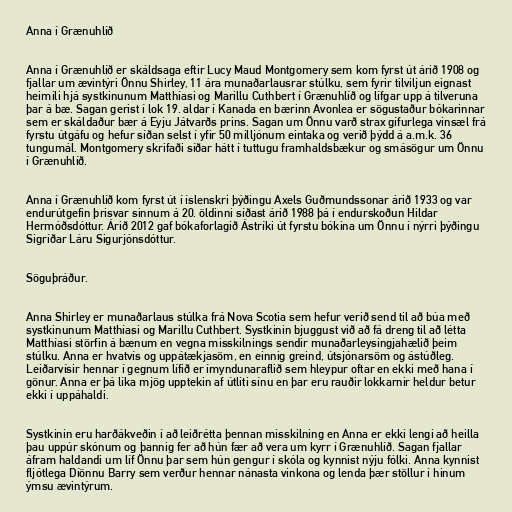
Anna í Grænuhlíð

Anna í Grænuhlíð er skáldsaga eftir Lucy Maud Montgomery sem kom fyrst út árið 1908 og
fjallar um ævintýri Önnu Shirley, 11 ára munaðarlausrar stúlku, sem fyrir tilviljun eignast
heimili hjá systkinunum Matthíasi og Marillu Cuthbert í Grænuhlíð og lífgar upp á tilveruna
þar á bæ. Sagan gerist í lok 19. aldar í Kanada en bærinn Avonlea er sögustaður bókarinnar
sem er skáldaður bær á Eyju Játvarðs prins. Sagan um Önnu varð strax gífurlega vinsæl frá
fyrstu útgáfu og hefur síðan selst í yfir 50 milljónum eintaka og verið þýdd á a.m.k. 36
tungumál. Montgomery skrifaði síðar hátt í tuttugu framhaldsbækur og smásögur um Önnu
í Grænuhlíð.

Anna í Grænuhlíð kom fyrst út í íslenskri þýðingu Axels Guðmundssonar árið 1933 og var
endurútgefin þrisvar sinnum á 20. öldinni síðast árið 1988 þá í endurskoðun Hildar
Hermóðsdóttur. Árið 2012 gaf bókaforlagið Ástríki út fyrstu bókina um Önnu í nýrri þýðingu
Sigríðar Láru Sigurjónsdóttur.

Söguþráður.

Anna Shirley er munaðarlaus stúlka frá Nova Scotia sem hefur verið send til að búa með
systkinunum Matthíasi og Marillu Cuthbert. Systkinin bjuggust við að fá dreng til að létta
Matthíasi störfin á bænum en vegna misskilnings sendir munaðarleysingjahælið þeim
stúlku. Anna er hvatvís og uppátækjasöm, en einnig greind, útsjónarsöm og ástúðleg.
Leiðarvísir hennar í gegnum lífið er ímyndunaraflið sem hleypur oftar en ekki með hana í
gönur. Anna er þá líka mjög upptekin af útliti sínu en þar eru rauðir lokkarnir heldur betur
ekki í uppáhaldi.

Systkinin eru harðákveðin í að leiðrétta þennan misskilning en Anna er ekki lengi að heilla
þau uppúr skónum og þannig fer að hún fær að vera um kyrr í Grænuhlíð. Sagan fjallar
áfram haldandi um líf Önnu þar sem hún gengur í skóla og kynnist nýju fólki. Anna kynnist
fljótlega Díönnu Barry sem verður hennar nánasta vinkona og lenda þær stöllur í hinum
ýmsu ævintýrum.